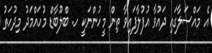
އެ މައްސަލާގައި ދައުވާ އުފުލާފައިވާ ތިން މީހުންނަކީ ހ. ބްލޫބާޑް މުހައްމަދު މިދުހަތު